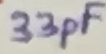
Text: 33pF